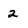
Character: 2